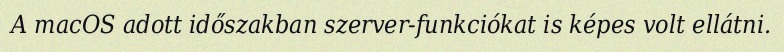
A macOS adott időszakban szerver-funkciókat is képes volt ellátni.